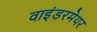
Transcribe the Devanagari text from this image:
वाइंडरमेयर